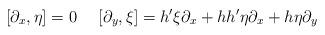
LaTeX: \begin{align*}[\partial _x,\eta ]=0\ \ \ \ [\partial _y,\xi]=h'\xi \partial _x+hh'\eta \partial _x+h\eta \partial _y\end{align*}